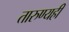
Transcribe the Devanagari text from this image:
तारुण्यही